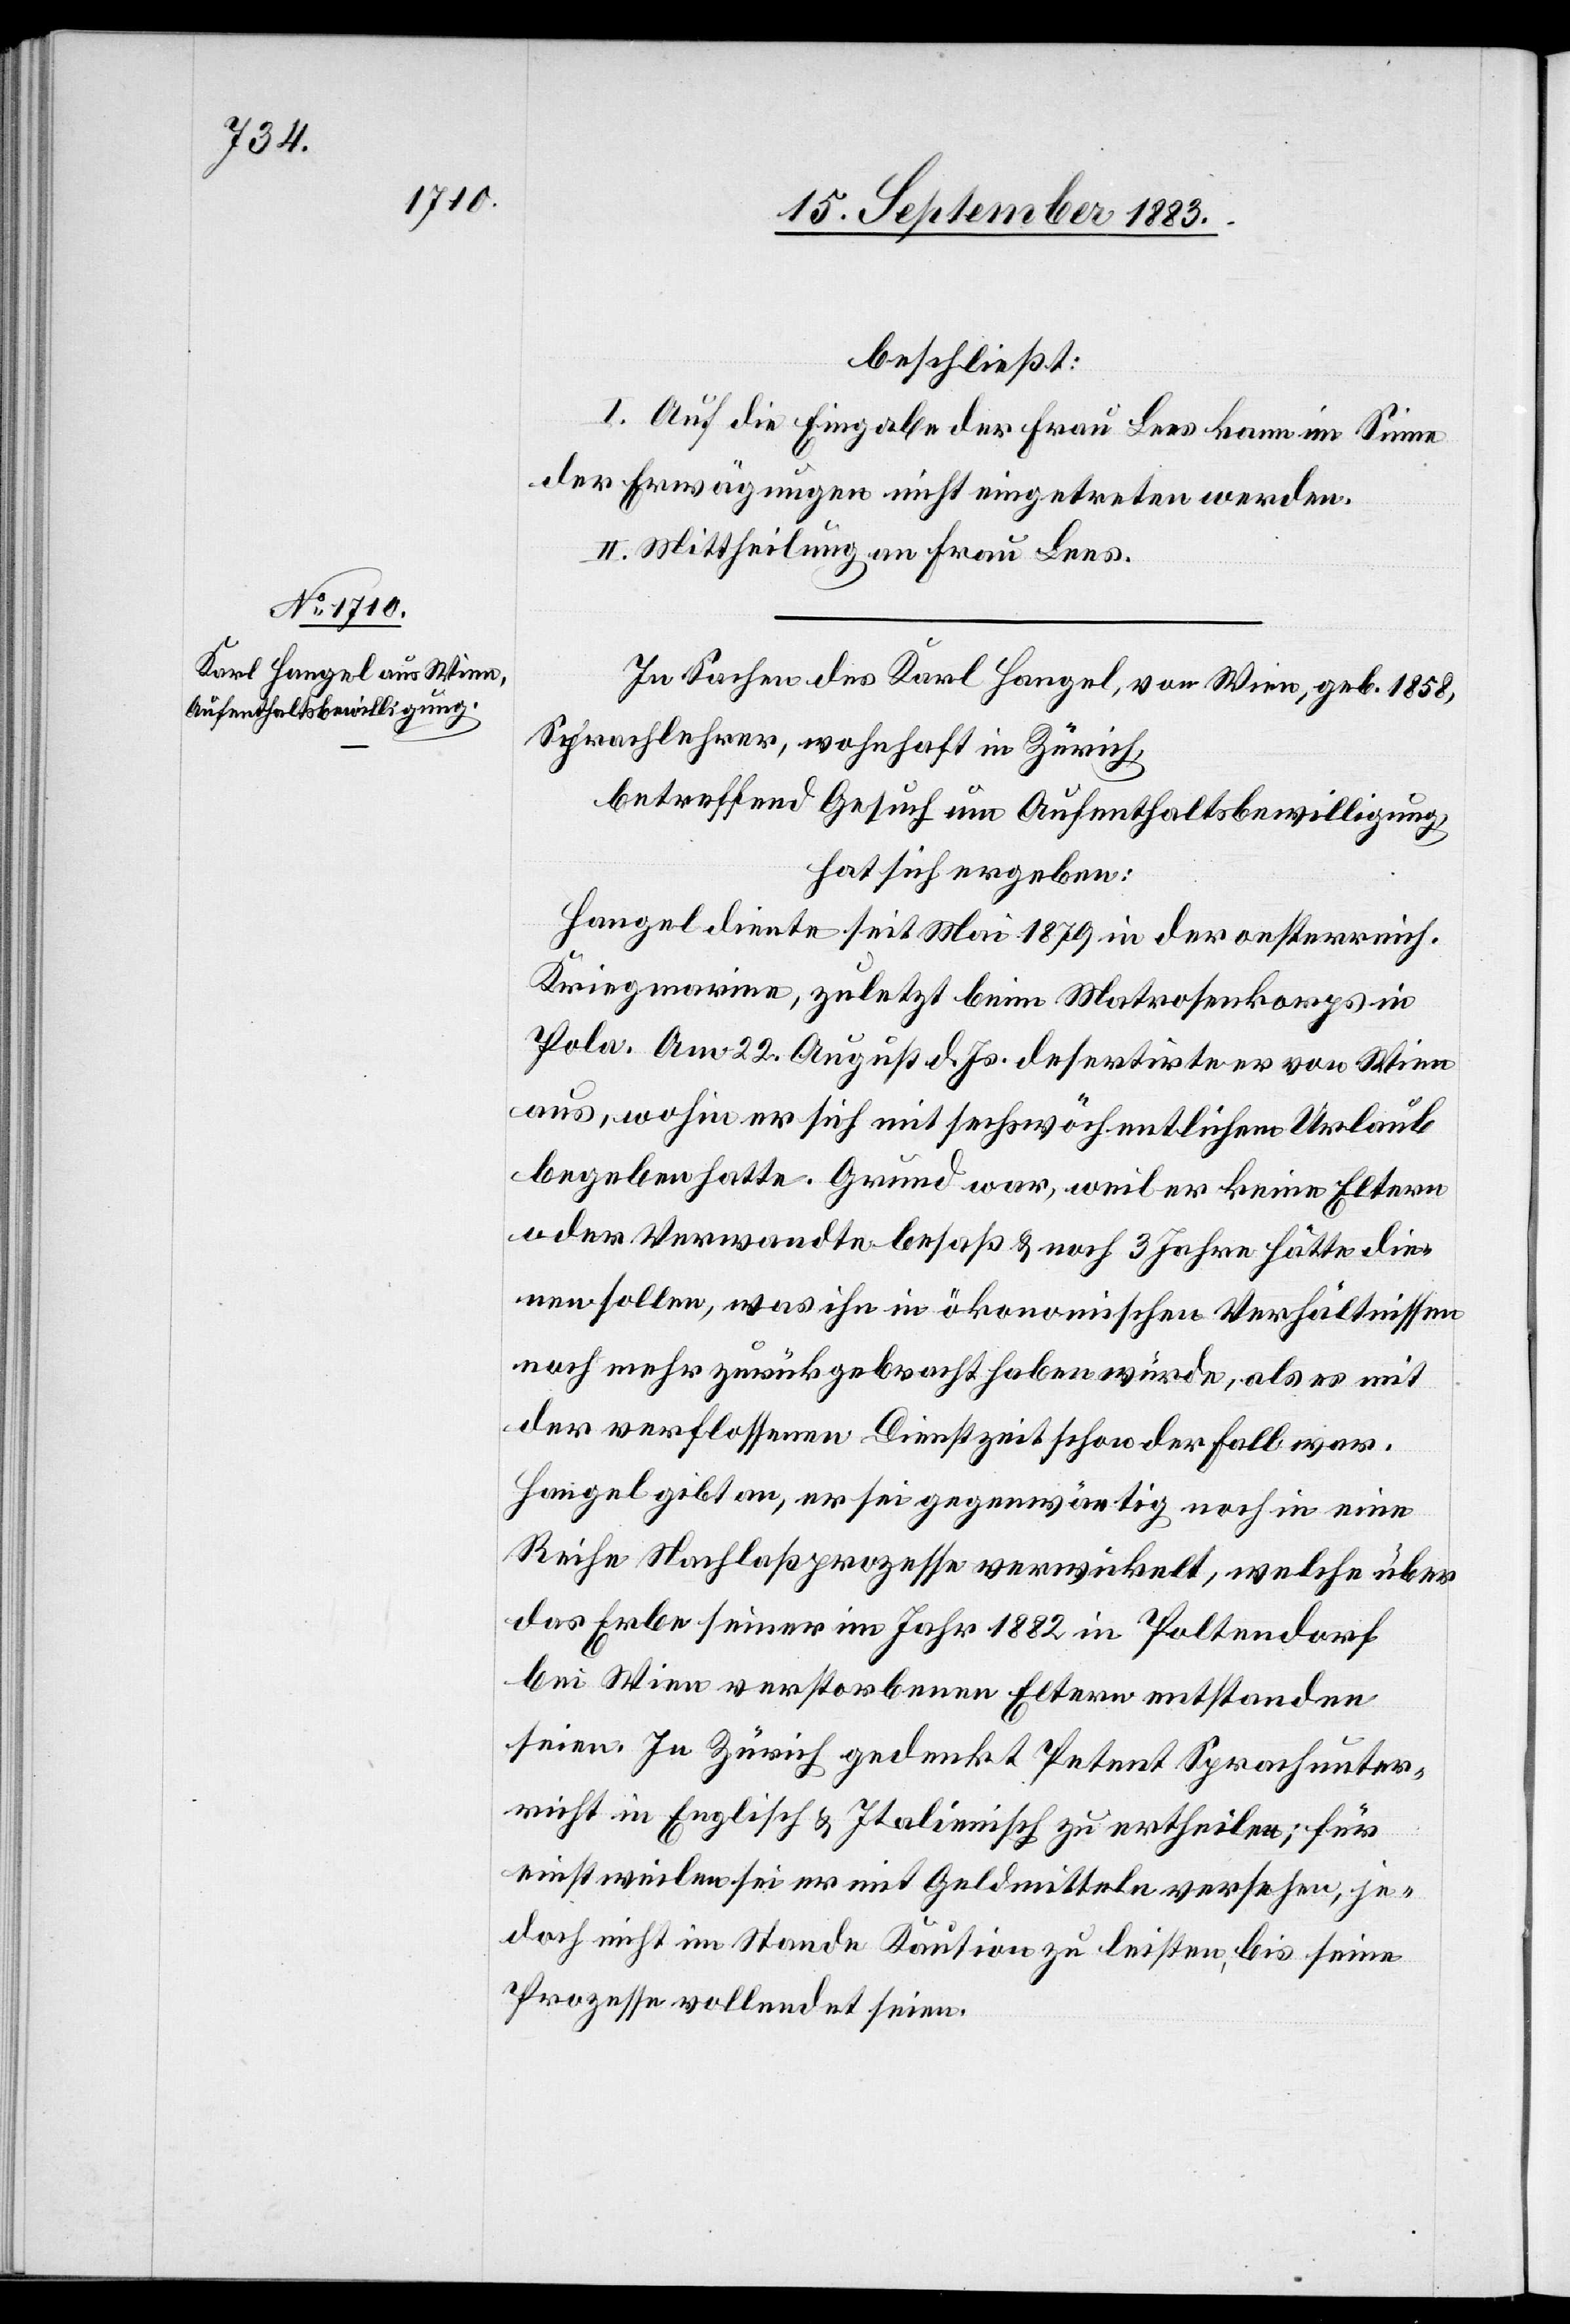
beschließt:
I. Auf die Eingabe der Frau Lees kann im Sinne
der Erwägungen nicht eingetreten werden.
II. Mittheilung an Frau Lees.
In Sachen des Karl Hangel, von Wien, geb. 1858,
Sprachlehrer wohnhaft in Zürich,
betreffend Gesuch um Aufenthaltsbewilligung,
hat sich ergeben:
Hangel diente seit Mai 1879 in der oesterreich.
Krieg[s]marine, zuletzt beim Matrosenkorps in
Pola. Am 22. August d. Js. desertirte er von Wien
aus, wohin er sich mit sechswöchentlichem Urlaub
begeben hatte. Grund war, weil er keine Eltern
oder Verwandte besaß & noch 3 Jahren hätte die¬
nen sollen, was ihn in ökonomischen Verhältnissen
noch mehr zurückgebracht haben würde, als er es mit
der verflossenen Dienstzeit schon der Fall war.
Hangel gibt an, er sei gegenwärtig noch in eine
Reihe Nachlaßprozesse verwickelt, welche über
das Erbe seiner im Jahr 1882 in Poltendorf
bei Wien verstorbenen Eltern entstanden
seien. In Zürich gedenkt Petent Sprachunter¬
richt in Englisch & Italienisch zu ertheilen; für
einstweilen sei er mit Geldmitteln versehen, je¬
doch nicht im Stande Kaution zu leisten, bis seine
Prozesse vollendet seien.